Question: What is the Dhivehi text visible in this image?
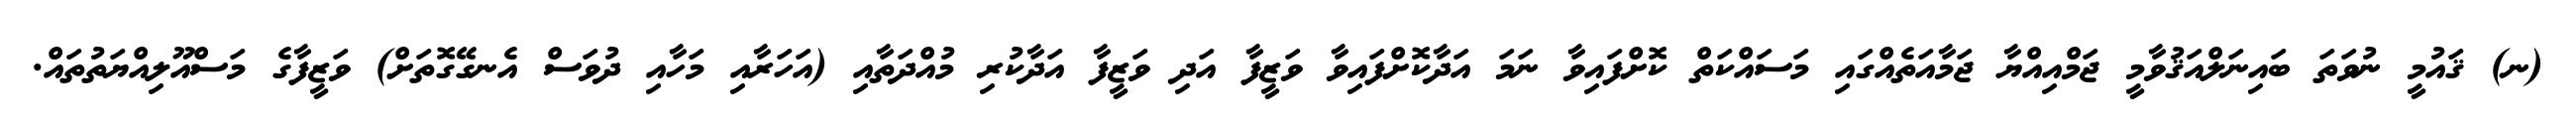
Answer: (ނ) ޤައުމީ ނުވަތަ ބައިނަލްއަޤުވާމީ ޖަމްއިއްޔާ ޖަމާއަތެއްގައި މަސައްކަތް ކޮށްފައިވާ ނަމަ އަދާކޮށްފައިވާ ވަޒީފާ އަދި ވަޒީފާ އަދާކުރި މުއްދަތާއި (އަހަރާއި މަހާއި ދުވަސް އެނގޭގޮތަށް) ވަޒީފާގެ މަސްއޫލިއްޔަތުތައް.